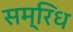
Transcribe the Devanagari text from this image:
सम्रिध